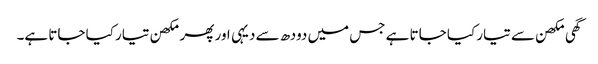
گھی مکھن سے تیار کیا جاتا ہے جس میں دودھ سے دیہی اور پھر مکھن تیار کیا جاتا ہے۔